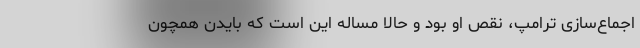
اجماع‌سازی ترامپ، نقص او بود و حالا مساله این است که بایدن همچون